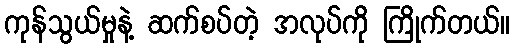
ကုန်သွယ်မှုနဲ့ ဆက်စပ်တဲ့ အလုပ်ကို ကြိုက်တယ်။